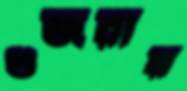
গুজরায়